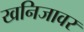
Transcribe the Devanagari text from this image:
खनिजावर